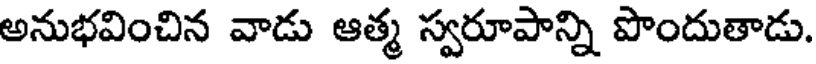
అనుభవించిన వాడు ఆత్మ స్వరూపాన్ని పొందుతాడు.